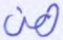
هن